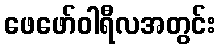
ဖေဖော်ဝါရီလအတွင်း